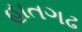
હાતગઢ